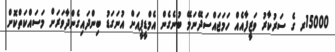
15000ރ ގެ ސަރުކާރު ވަޒީފާއެއް ހަމަޖައްސަދޭނަމޭ ބުނެގެން އެމްޑީޕީއަށް އުނަގަޑު ބިންދައިގެންދާވަރަށް މަސައްކަތްކޮށް